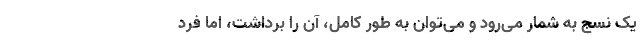
یک نسج به شمار می‌رود و می‌توان به طور کامل، آن را برداشت، اما فرد